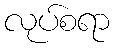
လုပ်စရာ